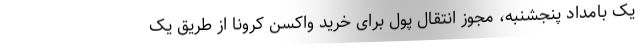
یک بامداد پنجشنبه، مجوز انتقال پول برای خرید واکسن کرونا از طریق یک